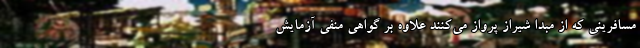
مسافرینی که از مبدا شیراز پرواز می‌کنند علاوه بر گواهی منفی آزمایش